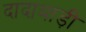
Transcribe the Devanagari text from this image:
दादाबाड़ी